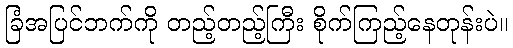
ခြံအပြင်ဘက်ကို တည့်တည့်ကြီး စိုက်ကြည့်နေတုန်းပဲ။